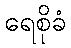
ရေစိုခံ